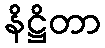
နိဋ္ဌိတာ